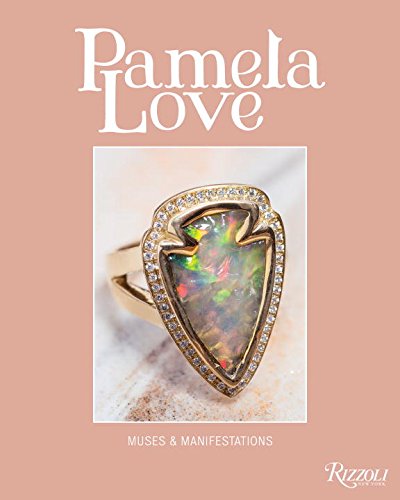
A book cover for Muses and Manifestations: Pamela Love Jewelry; Pamela Love; Crafts, Hobbies & Home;